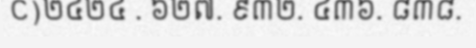
C)២៤២៤ . ៦២៧. ៩៣២. ៤៣៦. ៨៣៨.